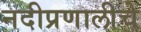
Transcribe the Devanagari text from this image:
नदीप्रणालीचे